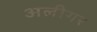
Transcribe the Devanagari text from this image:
अलीगर